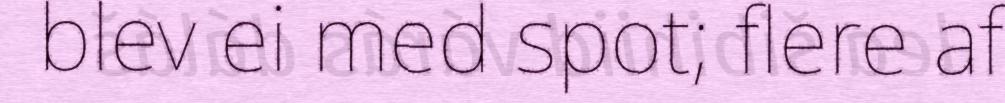
blev ei med spot; flere af